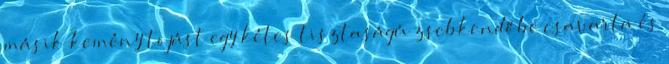
másik kemény tojást egy kétes tisztaságú zsebkendőbe csavarta és